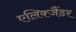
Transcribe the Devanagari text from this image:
एलिक्जैंडर